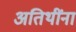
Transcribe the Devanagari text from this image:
अतिथींना